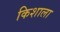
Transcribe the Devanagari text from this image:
किशाला